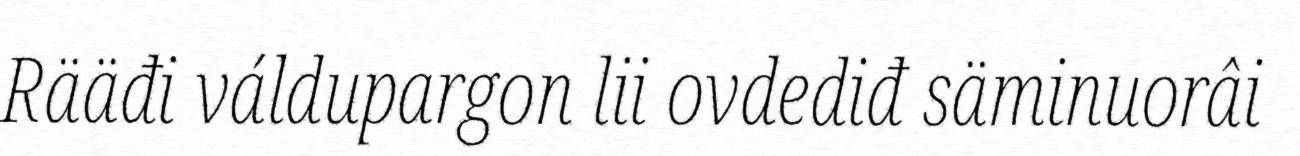
Rääđi váldupargon lii ovdediđ säminuorâi